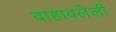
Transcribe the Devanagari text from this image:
वाहावलेली